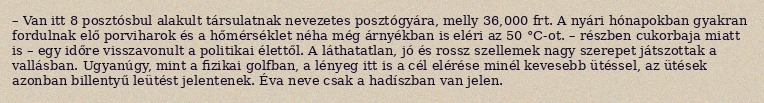
– Van itt 8 posztósbul alakult társulatnak nevezetes posztógyára, melly 36,000 frt. A nyári hónapokban gyakran fordulnak elő porviharok és a hőmérséklet néha még árnyékban is eléri az 50 °C-ot. – részben cukorbaja miatt is – egy időre visszavonult a politikai élettől. A láthatatlan, jó és rossz szellemek nagy szerepet játszottak a vallásban. Ugyanúgy, mint a fizikai golfban, a lényeg itt is a cél elérése minél kevesebb ütéssel, az ütések azonban billentyű leütést jelentenek. Éva neve csak a hadíszban van jelen.